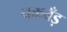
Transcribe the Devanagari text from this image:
चकवँड़